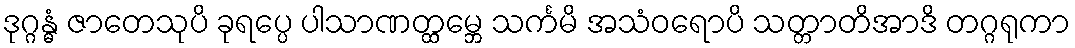
ဒုဂ္ဂန္ဓံ ဇာတေသုပိ ခုရပ္ပေ ပါသာဏတ္ထမ္ဘေ သင်္ကမိ အသံဝရောပိ သတ္တာတိအာဒိ တဂ္ဂရုကာ